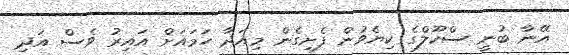
އޭނާ ބުނީ ސްކޫލްގެ ކިޔެވުން ފެށިގެން މިއަދާ ހަމައަށް އައިރު ވެސް އަދި